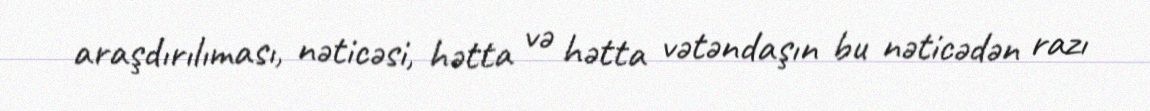
araşdırılıması, nəticəsi, hətta və hətta vətəndaşın bu nəticədən razı